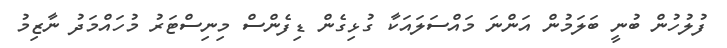
ފުލުހުން ބުނީ ބަލަމުން އަންނަ މައްސަލައަކާ ގުޅިގެން ޑިފެންސް މިނިސްޓަރު މުހައްމަދު ނާޒިމު